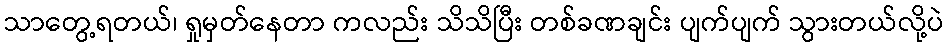
သာတွေ့ရတယ်၊ ရှုမှတ်နေတာ ကလည်း သိသိပြီး တစ်ခဏချင်း ပျက်ပျက် သွားတယ်လို့ပဲ